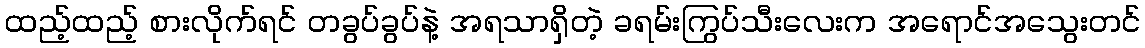
ထည့်ထည့် စားလိုက်ရင် တခွပ်ခွပ်နဲ့ အရသာရှိတဲ့ ခရမ်းကြွပ်သီးလေးက အရောင်အသွေးတင်